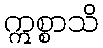
ဣစ္စာသိ